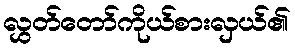
လွှတ်တော်ကိုယ်စားလှယ်၏